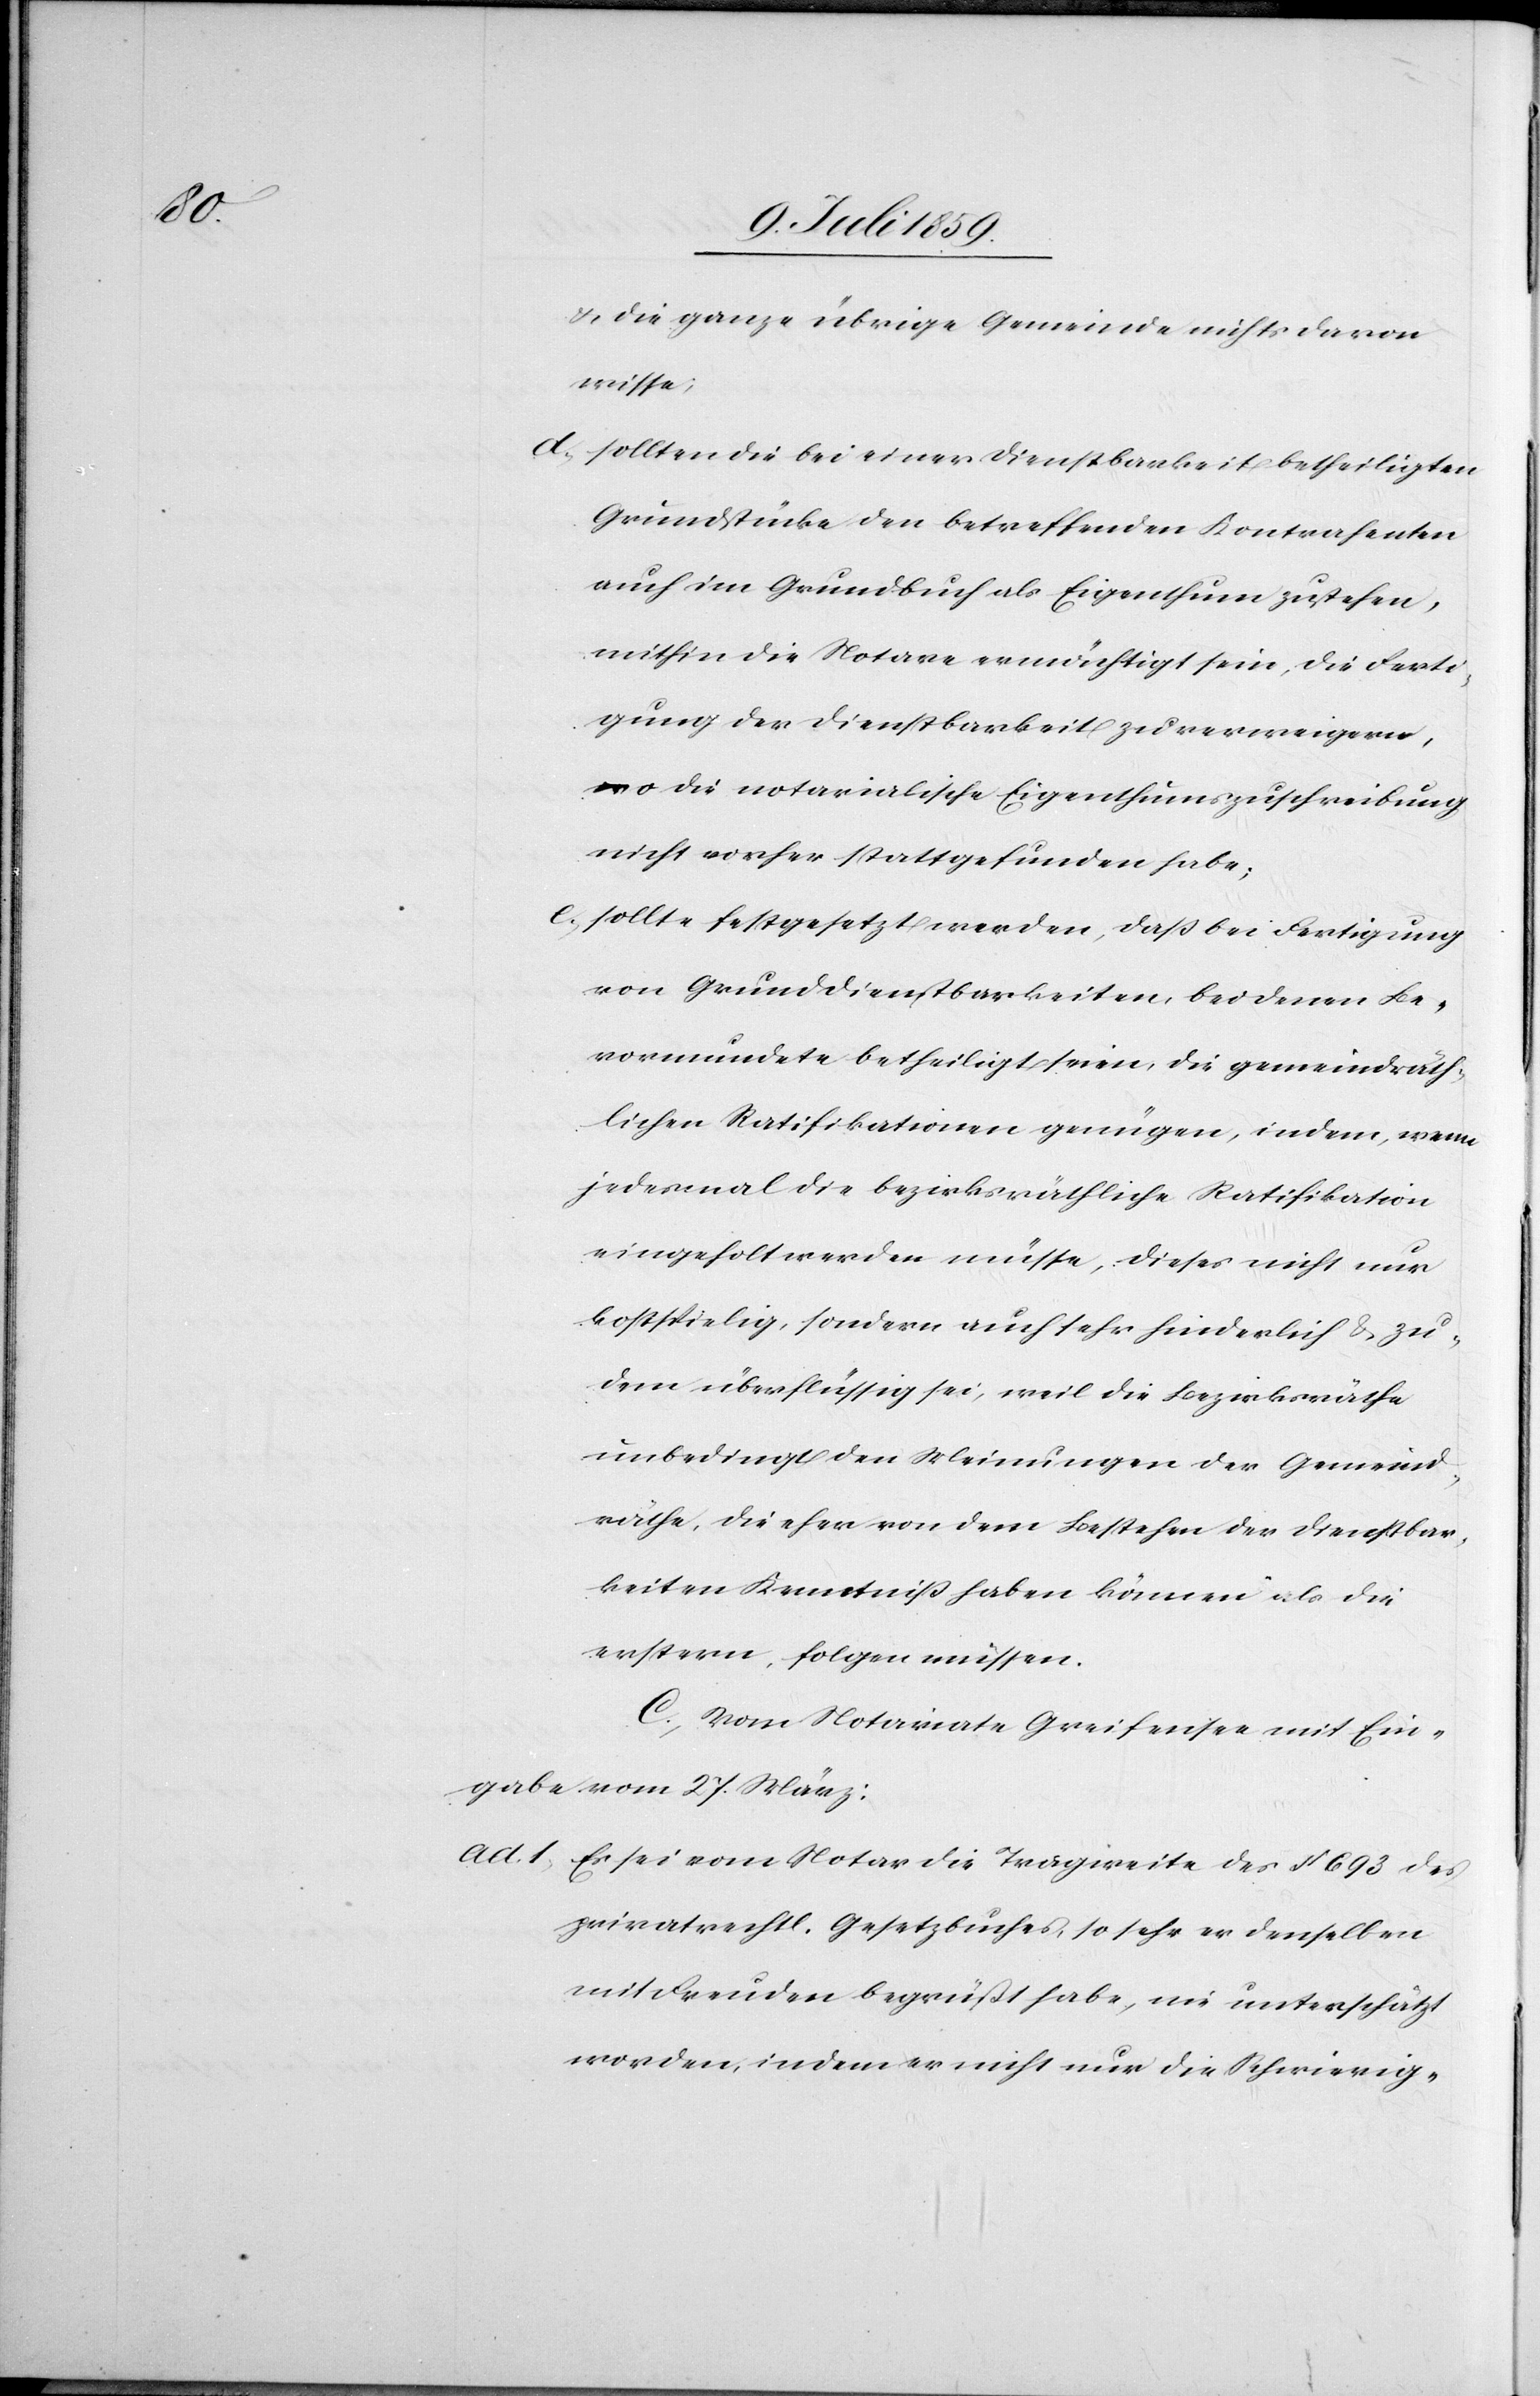
u. die ganze übrige Gemeinde nichts davon
wisse;
d. sollten die bei einer Dienstbarkeit betheiligten
Grundstücke den betreffenden Kontrahenten
auch im Grundbuch als Eigenthum zustehen,
mithin die Notare ermächtigt sein, die Ferti¬
gung der Dienstbarkeit zu verweigern,
wo die notarialische Eigenthumszuschreibung
nicht vorher stattgefunden habe;
c. sollte festgesetzt werden, daß bei Fertigung
von Grunddienstbarkeiten, bei denen Be¬
vormundete betheiligt seien, die gemeindräth¬
liche Ratifikationen genügen, indem, wenn
jedesmal die bezirksräthliche Ratifikation
eingeholt werden müsse, dieses nicht nur
kostspielig, sondern auch sehr hinderlich u. zu¬
dem überflüssig sei, weil die Bezirksräthe
unbedingt den Meinungen der Gemeind¬
räthe, die eher von dem Bestehen der Dienstbar¬
keiten Kenntniß haben können als die
erstern, folgen müssen.
C. Vom Notariate Greifensee mit Ein¬
gabe vom 27. März:
ad. 1. Es sei vom Notar die Tragweite des § 693 des
privatrechtl. Gesetzbuches, so sehr er denselben
mit Freuden begrüßt habe, nie unterschätzt
worden, indem er nicht nur die Schwierig-